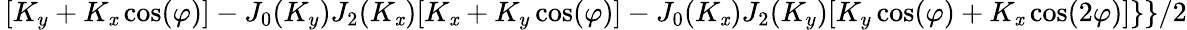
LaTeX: \, [K_{y}+K_{\mathit{x}}\cos(\varphi)]-J_{0}(K_{y})J_{2}(K_{\mathit{x}})[K_{\mathit{x}}+K_{y}\cos(\varphi)]-J_{0}(K_{\mathit{x}})J_{2}(K_{y})[K_{y}\cos(\varphi)+K_{\mathit{x}}\cos(2\varphi)]\} \} /2